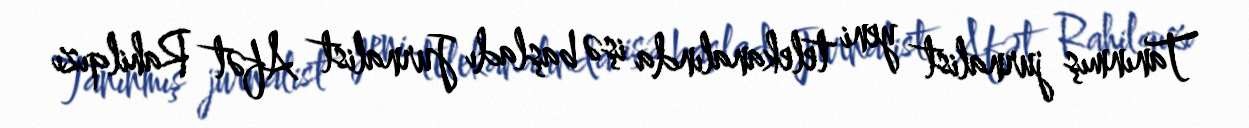
Tanınmış jurnalist yeni telekanalında işə başladı Jurnalist Afət Rahilqızı